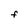
Character: F